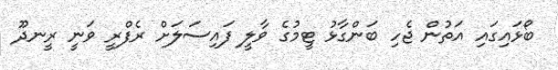
ބޯޅައިގައި އަތުން ޖެހި ބަންގާޅު ޓީމުގެ ވާލީ ފައިސަލަށް ރެފްރީ ވަނީ ރީނދޫ